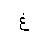
Letter: _gayn